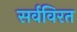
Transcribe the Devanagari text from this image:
सर्वविरत